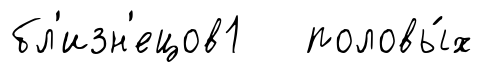
бл'изн'ецов1 половы́х